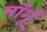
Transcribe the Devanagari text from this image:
माँगूँ